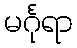
မင်္ဂုရာ